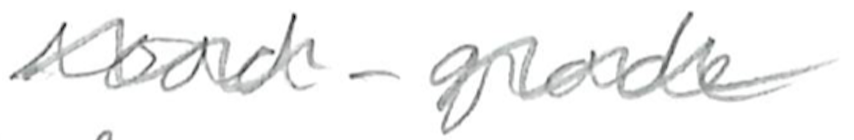
Text: road-grade
Cross-out: wave
Writing tool: pencil